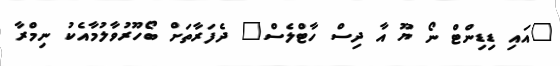
"އައި ޑިޑިންޓް ނޯ ޔޫ އާ ދިސް ހާޓްލެސް" ދެފަރާތަށް ބޯހޫރުވާލުމާއެކު ނިމްރާ